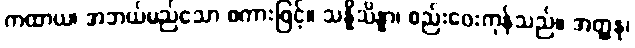
ကထာယ၊ အဘယ်မည်သော စကားဖြင့်။ သန္နိသိန္နာ၊ စည်းဝေးကုန်သည်။ အတ္ထနု၊